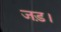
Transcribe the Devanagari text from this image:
जड़।